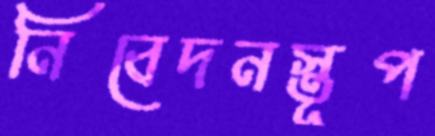
নিবেদনস্তূপ